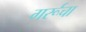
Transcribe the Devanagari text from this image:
गर्रूचा